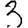
Digit: 3